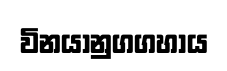
විනයානුගගහාය